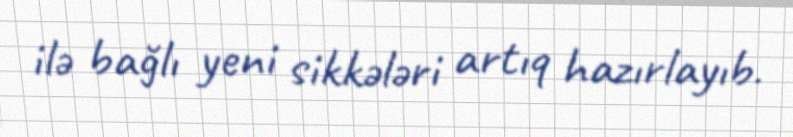
ilə bağlı yeni sikkələri artıq hazırlayıb.